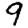
Digit: 9